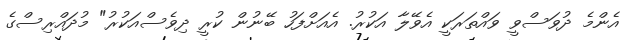
އެންމެ ދުވަސްވީ ވައްތަރަކީ އެވޭލާ އަކުރު. އެއަށްފަހު ބޭނުން ކުރީ ދިވެސްއަކުރު" މުދައްރިސްގެ